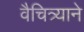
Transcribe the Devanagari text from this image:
वैचित्र्याने